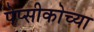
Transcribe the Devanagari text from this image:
पेप्सीकोच्या